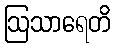
ဩသာရေတိ